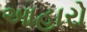
આહારો